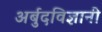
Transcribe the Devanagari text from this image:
अर्बुदविज्ञानी